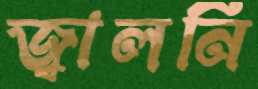
জ্বালনি